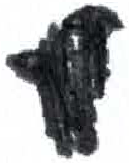
אות: ת